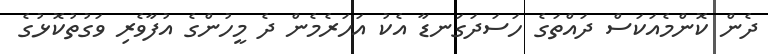
ދެން ކޮންމެއަކަސް ދައްތަގެ ހަސަދަގަނޑާ އެކު އަހަރެމެން ދެ މީހުންގެ އުފާވެރި ވަގުތުކޮޅުގެ